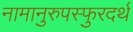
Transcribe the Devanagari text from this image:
नामानुरुपस्फुरदर्थ